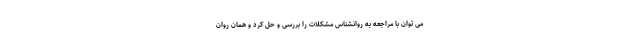
می توان با مراجعه به روانشناس مشکلات را بررسی و حل کرد و همان روان